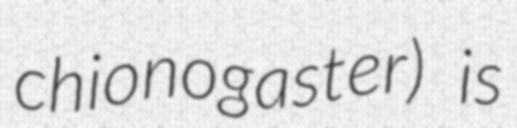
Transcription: chionogaster) is